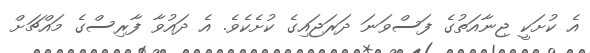
އެ ކުށަކީ ޖިނާއަތުގެ ފަސްވަނަ ދަރަޖައިގެ ކުށެކެވެ. އެ ދައުވާ ފާރިސްގެ މައްޗަށް